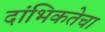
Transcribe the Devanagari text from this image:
दांभिकतेचा